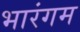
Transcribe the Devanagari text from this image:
भारंगम